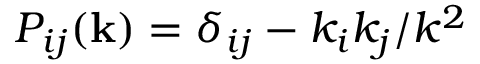
P _ { i j } ( \mathbf { k } ) = \delta _ { i j } - k _ { i } k _ { j } / k ^ { 2 }